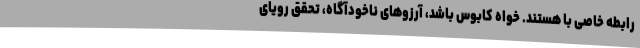
رابطه خاصی با هستند. خواه کابوس باشد، آرزوهای ناخودآگاه، تحقق رویای